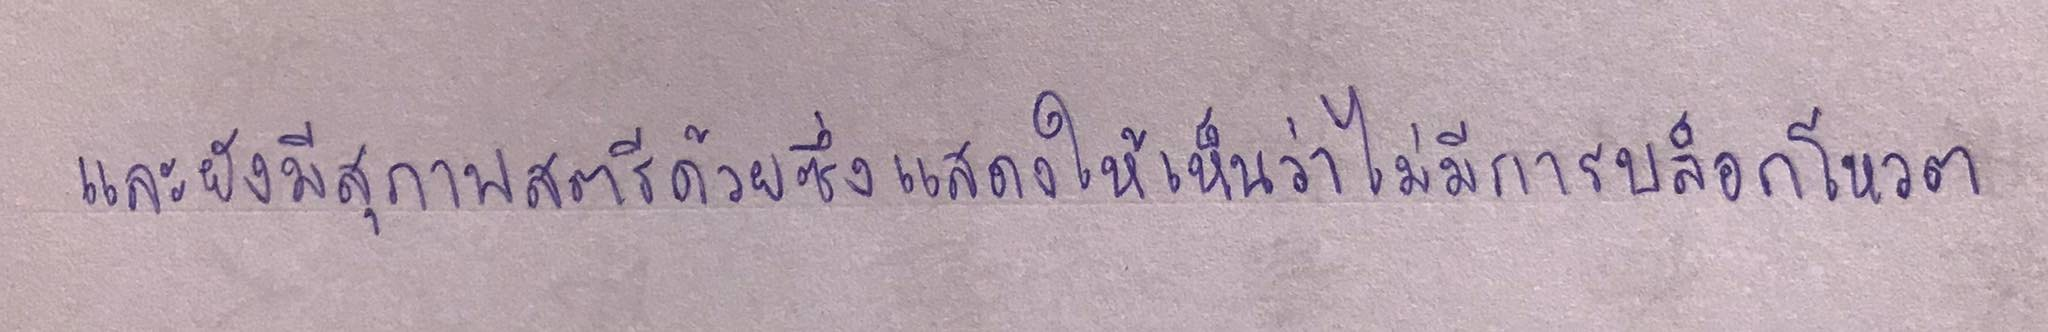
และยังมีสุภาพสตรีด้วยซึ่งแสดงให้เห็นว่าไม่มีการบล็อกโหวต